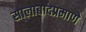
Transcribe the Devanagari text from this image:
सालाबादप्रमाणे